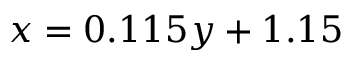
x = 0 . 1 1 5 y + 1 . 1 5